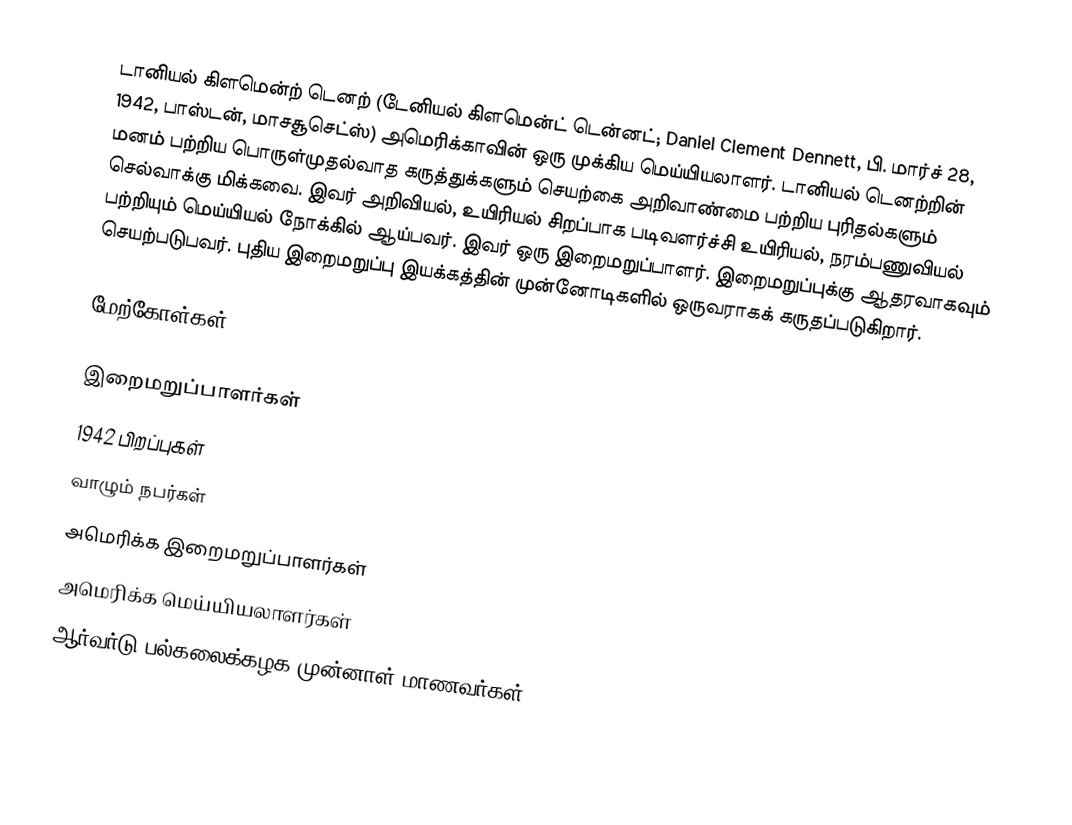
டானியல் கிளமென்ற் டெனற் (டேனியல் கிளமென்ட் டென்னட்; Daniel Clement Dennett, பி. மார்ச் 28, 1942, பாஸ்டன், மாசசூசெட்ஸ்) அமெரிக்காவின் ஒரு முக்கிய மெய்யியலாளர்.  டானியல் டெனற்றின் மனம் பற்றிய பொருள்முதல்வாத கருத்துக்களும் செயற்கை அறிவாண்மை பற்றிய புரிதல்களும் செல்வாக்கு மிக்கவை.  இவர் அறிவியல், உயிரியல் சிறப்பாக படிவளர்ச்சி உயிரியல், நரம்பணுவியல் பற்றியும் மெய்யியல் நோக்கில் ஆய்பவர்.  இவர் ஒரு இறைமறுப்பாளர்.  இறைமறுப்புக்கு ஆதரவாகவும் செயற்படுபவர். புதிய இறைமறுப்பு இயக்கத்தின் முன்னோடிகளில் ஒருவராகக் கருதப்படுகிறார்.

மேற்கோள்கள்

இறைமறுப்பாளர்கள்
1942 பிறப்புகள்
வாழும் நபர்கள்
அமெரிக்க இறைமறுப்பாளர்கள்
அமெரிக்க மெய்யியலாளர்கள்
ஆர்வர்டு பல்கலைக்கழக முன்னாள் மாணவர்கள்